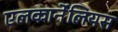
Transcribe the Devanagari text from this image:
एलकार्नेंलियस